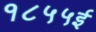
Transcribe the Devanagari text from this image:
१८५५ई